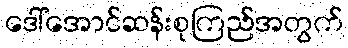
ဒေါ်အောင်ဆန်းစုကြည်အတွက်